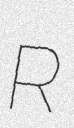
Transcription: R